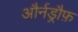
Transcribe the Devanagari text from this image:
और्नड्रौफ़